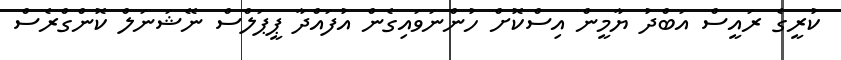
ކުރީގެ ރައީސް އަބްދު ޔާމީން އިސްކޮށް ހުންނަވައިގެން އުފައްދާ ޕީޕަލްސް ނޭޝަނަލް ކޮންގްރެސް